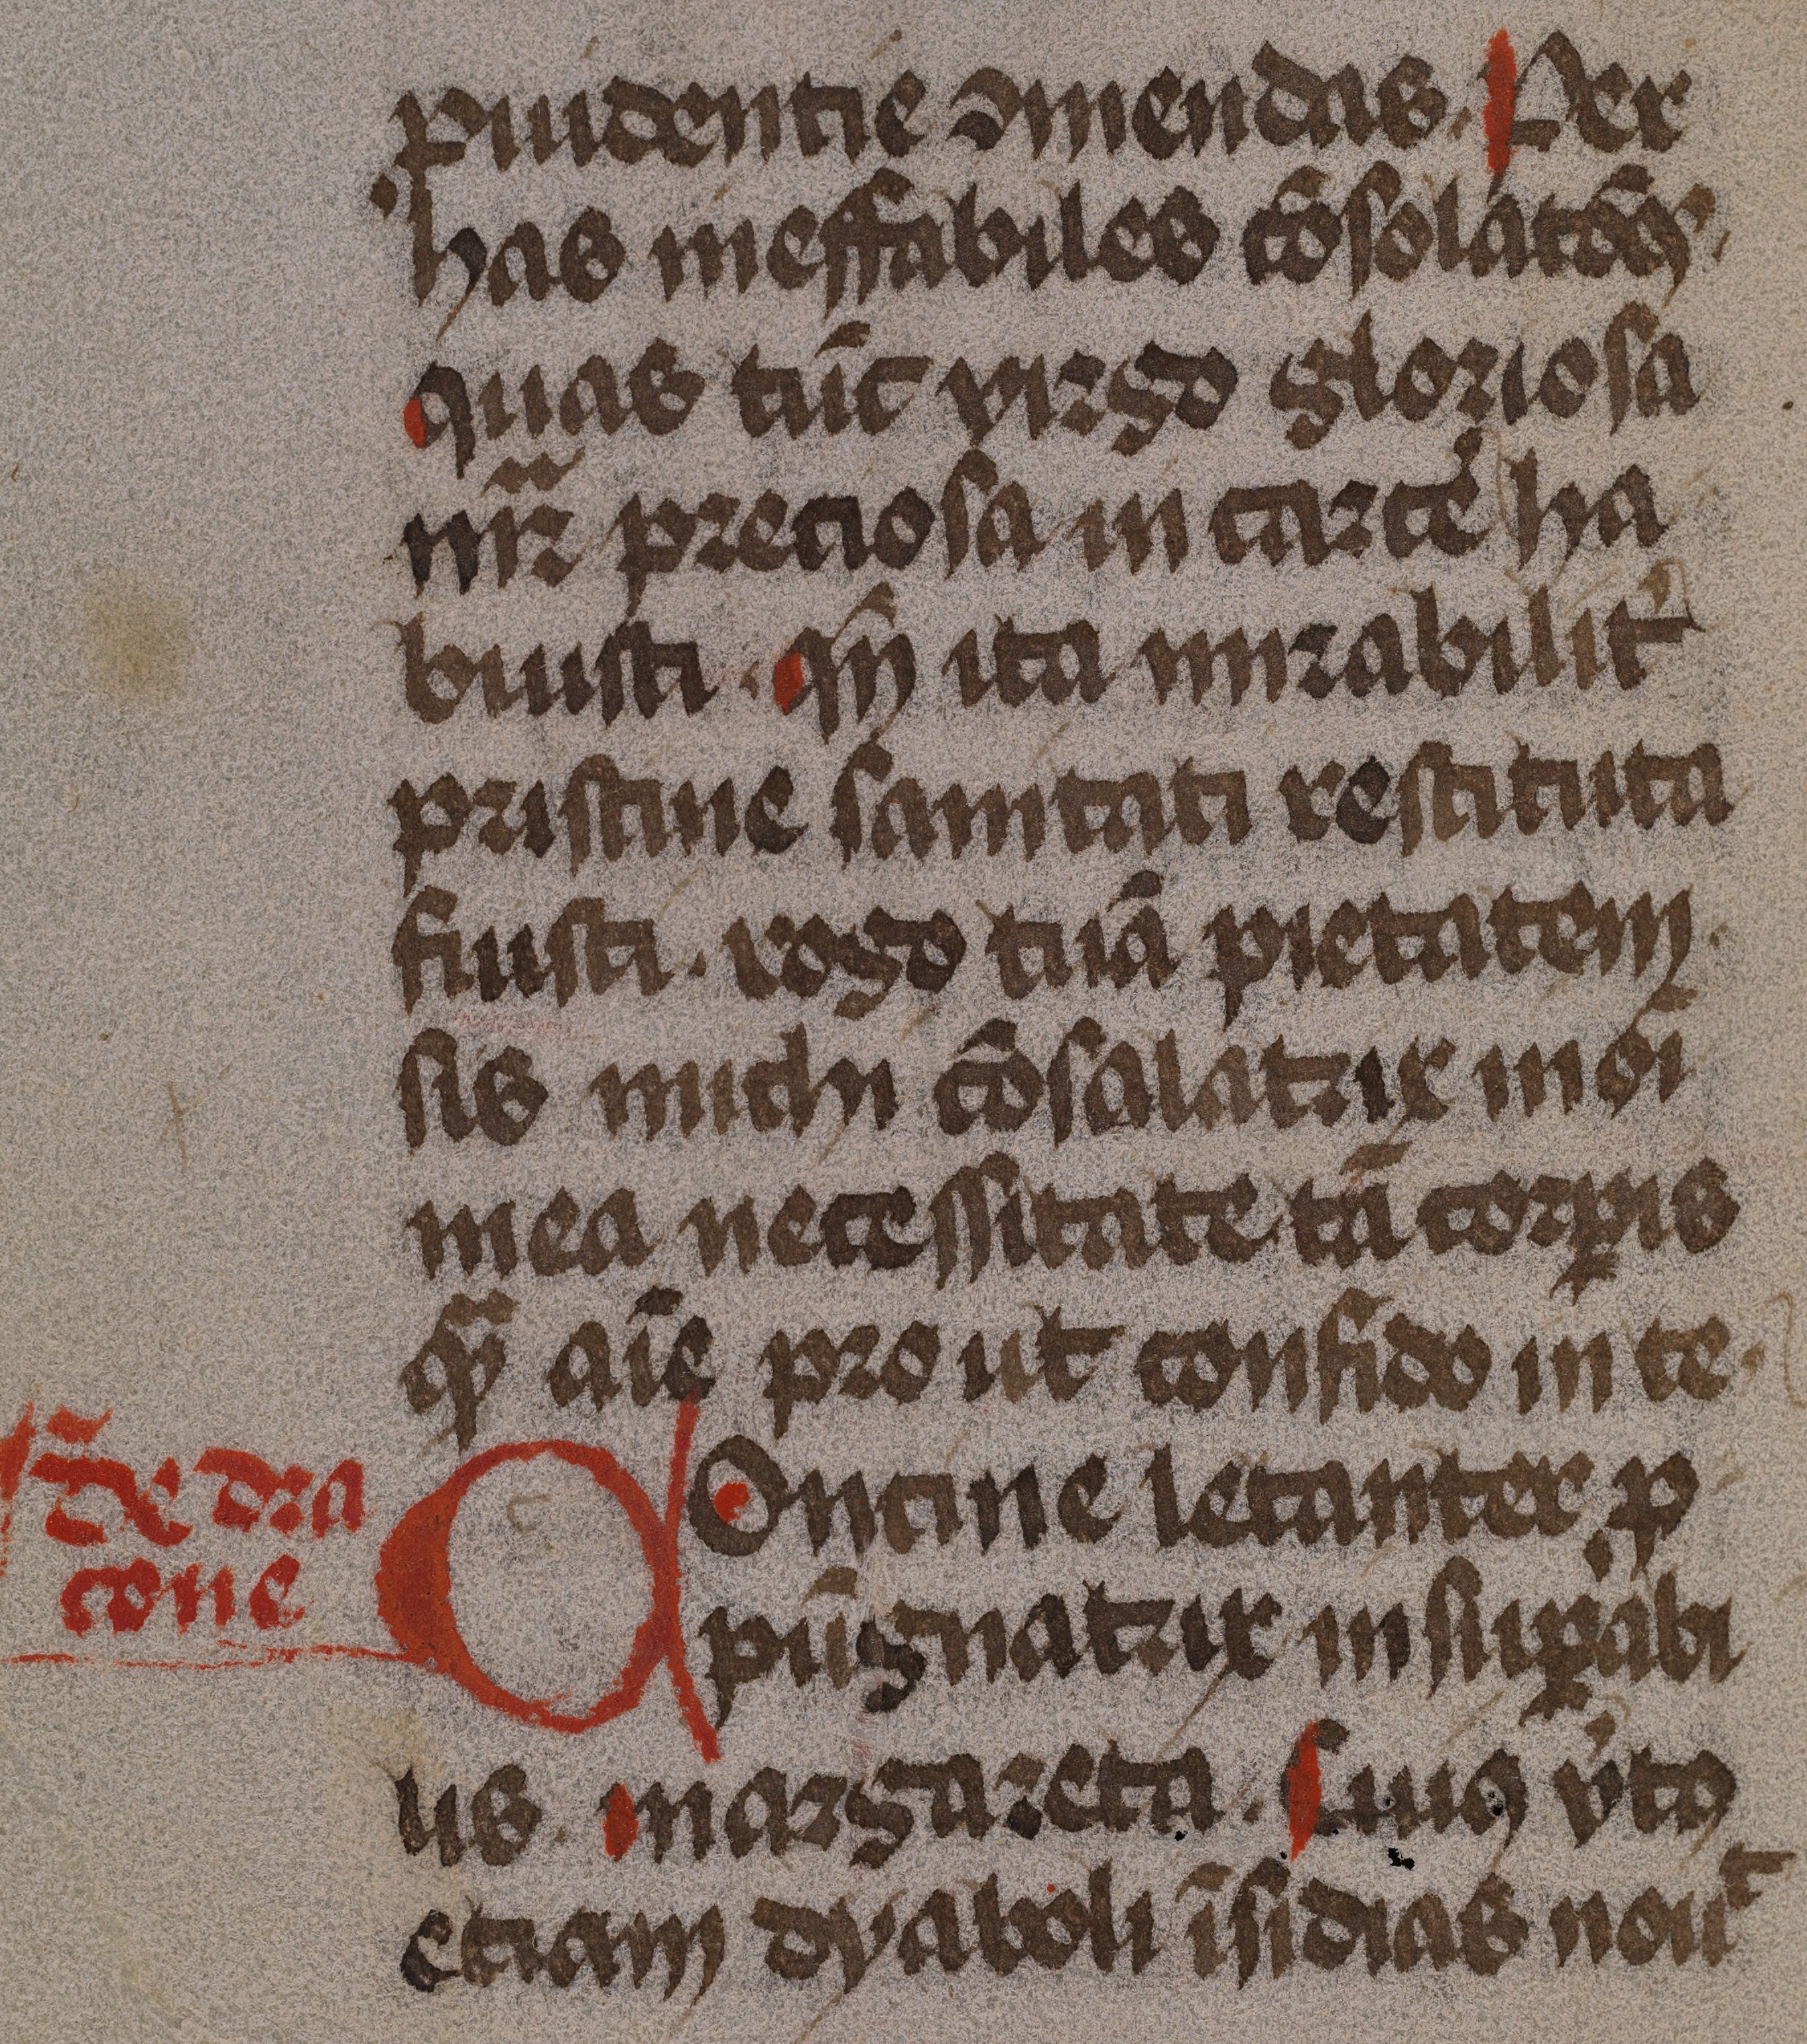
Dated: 1475–1499